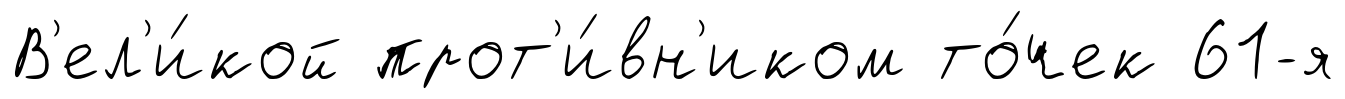
В'ел'и́кой прот'и́вн'иком то́чек 61-я